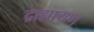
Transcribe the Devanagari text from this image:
द्राह्मायण